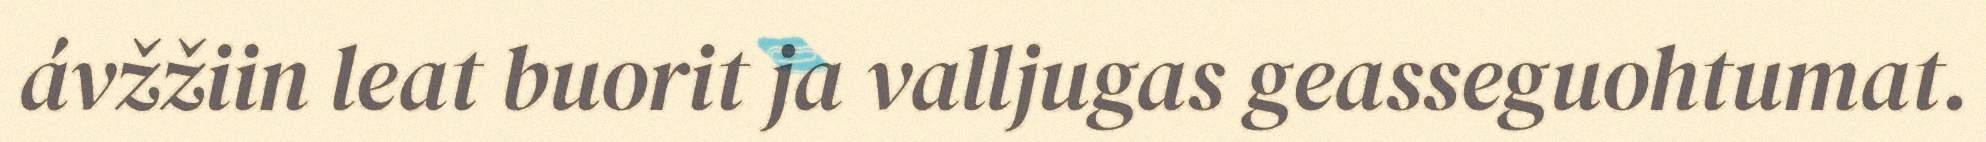
ávžžiin leat buorit ja valljugas geasseguohtumat.